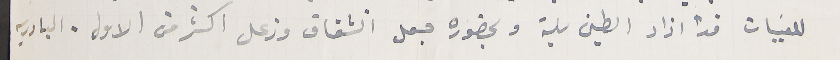
للقبيات قد ازاد الطين بلة وبحضوره جعل انشقاق وزعل اكثر من الاول. البادريه